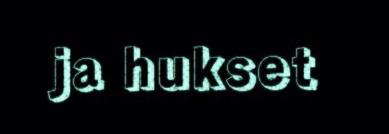
ja hukset